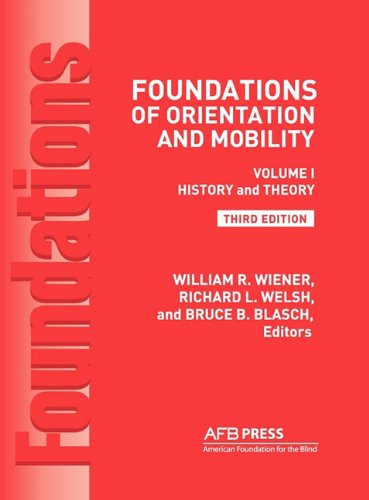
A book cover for Foundations of Orientation and Mobility, 3rd Edition: Volume 1, History and Theory; Health, Fitness & Dieting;